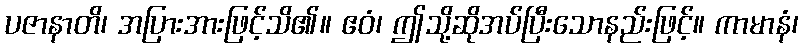
ပဇာနာတိ၊ အပြားအားဖြင့်သိ၏။ ဧဝံ၊ ဤသို့ဆိုအပ်ပြီးသောနည်းဖြင့်။ ကာမာနံ၊